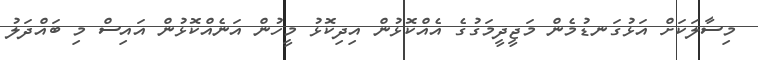
މިސާލަކަށް އަޅުގަނޑުމެން މަޖީދީމަގުގެ އެއްކޮޅުން އިދިކޮޅު މީހުން އަނެއްކޮޅުން އައިސް މި ބައްދަލު